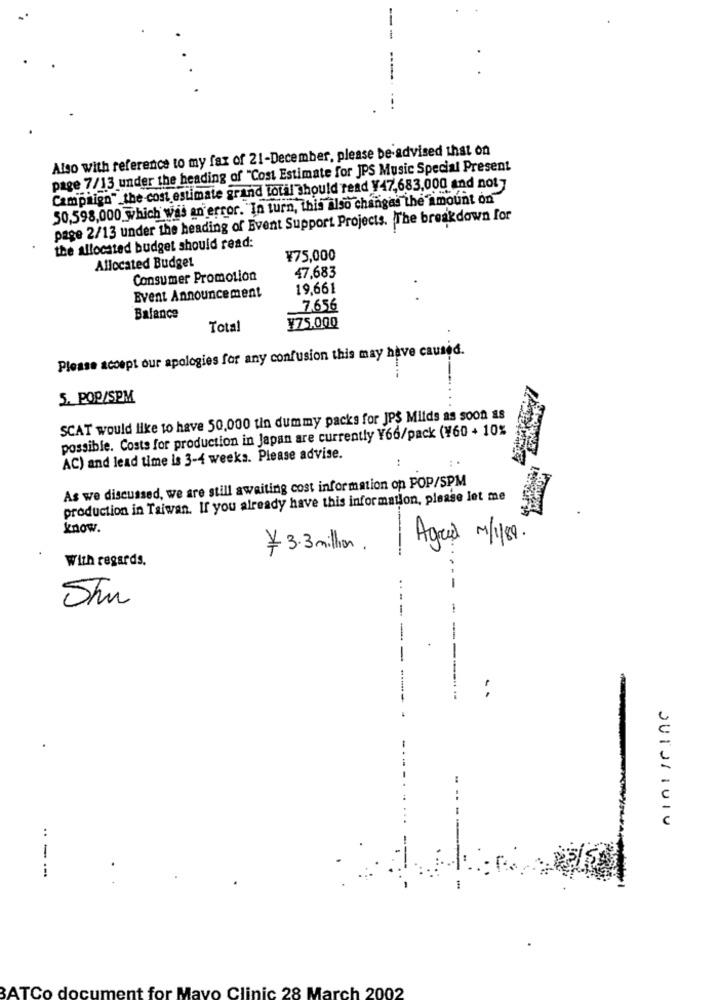
Also with reference to my fax of 21-December, please be advised that on
page 7/13 under the heading of "Cost Estimate for JPS Music Special Present
Campaign"_the cost estimate grand total should read ¥47,683,000 and not
50,598,000 which was an error. "In turn, this also changas the amount on
page 2/13 under the heading of Event Support Projects. The breakdown for
the allocated budget should read:
¥75,000
Allocated Budget
47,683
Consumer Promotion
19,661
Event Announcement
7.656
Balance
Total
¥75.000
Please accept our apologies for any confusion this may have caused.
5. POP/SPM
SCAT would like to have 50,000 tin dummy packs for JPS Milds as soon as
possible. Costs for production in Japan are currently Y66/pack (¥60 + 10%
AC) and lead time is 3-4 weeks. Please advise.
As we discussed, we are still awaiting cost information op POP/SPM
production in Taiwan. If you already have this information, please let me
know.
Agred 1/100.
¥ 3.3million.
---
With regards.
------
..
QUISLIVIO
:
-
BATCo document for Mayo Clinic 28 March 2002